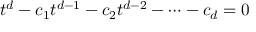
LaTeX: t ^ { d } - c _ { 1 } t ^ { d - 1 } - c _ { 2 } t ^ { d - 2 } - \cdots - c _ { d } = 0